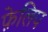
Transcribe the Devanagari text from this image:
फ़ेलिप